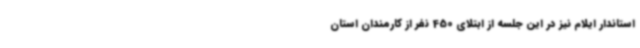
استاندار ایلام نیز در این جلسه از ابتلای 450 نفر از کارمندان استان